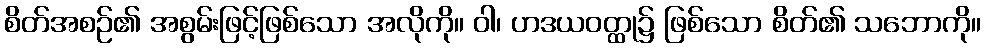
စိတ်အစဉ်၏ အစွမ်းဖြင့်ဖြစ်သော အလိုကို။ ဝါ၊ ဟဒယဝတ္ထု၌ ဖြစ်သော စိတ်၏ သဘောကို။